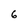
Character: 6